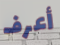
أعرف